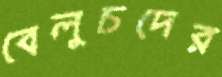
বেলুচদের